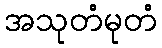
အသုတံမုတံ